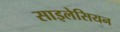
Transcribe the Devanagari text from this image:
साइलेसियन